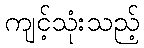
ကျင့်သုံးသည့်